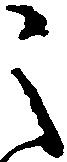
之